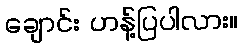
ချောင်း ဟန့်ပြပါလား။